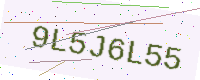
Text: 9L5J6L55